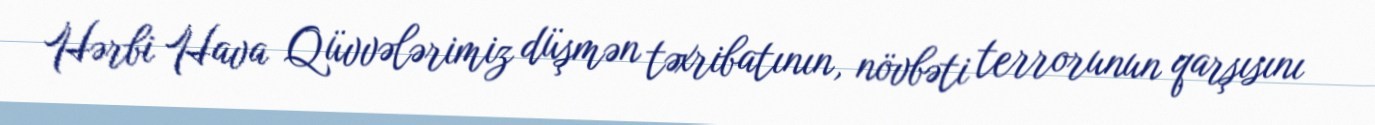
Hərbi Hava Qüvvələrimiz düşmən təxribatının, növbəti terrorunun qarşısını